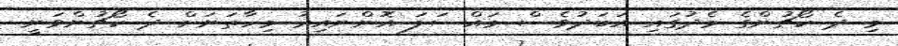
މި ދެ ކޯޗުންގެ މެދުގައި އަބަދުވެސް މައްސަލަ އޮންނައިރު މިހާތަނަށް ދެ ކޯޗުންވަނީ